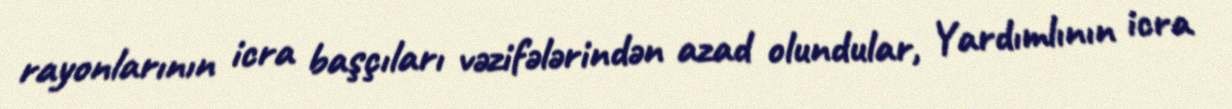
rayonlarının icra başçıları vəzifələrindən azad olundular, Yardımlının icra